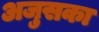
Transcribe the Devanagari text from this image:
अजुसका